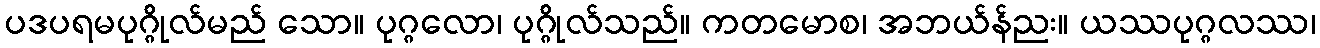
ပဒပရမပုဂ္ဂိုလ်မည် သော။ ပုဂ္ဂလော၊ ပုဂ္ဂိုလ်သည်။ ကတမောစ၊ အဘယ်န်ညး။ ယဿပုဂ္ဂလဿ၊